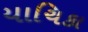
યાચિકા